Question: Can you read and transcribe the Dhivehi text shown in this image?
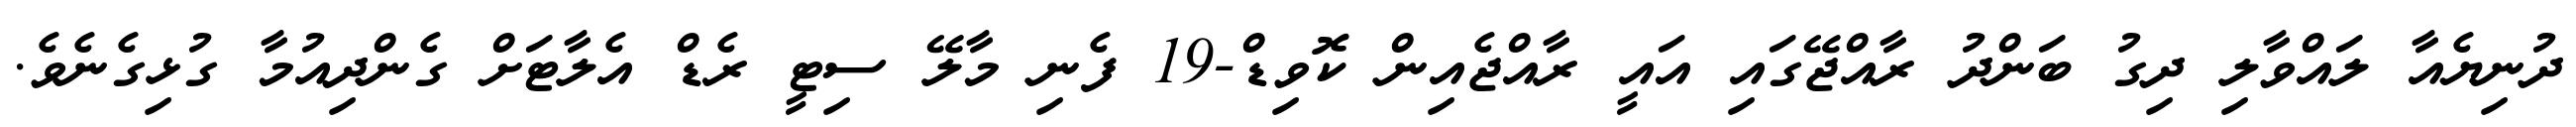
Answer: ދުނިޔެއާ ލައްވާލި ދިގު ބަންދު ރާއްޖޭގައި އައީ ރާއްޖެއިން ކޮވިޑް-19 ފެނި މާލޭ ސިޓީ ރެޑް އެލާޓަށް ގެންދިއުމާ ގުޅިގެނެވެ.